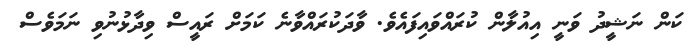
ކަން ނަޝީދު ވަނީ އިއުލާން ކުރައްވައިފައެވެ. ވާދަކުރައްވާނެ ކަމަށް ރައީސް ވިދާޅުނުވި ނަމަވެސް